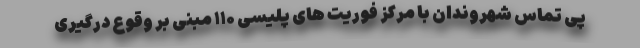
پی تماس شهروندان با مرکز فوریت های پلیسی ۱۱۰ مبنی بر وقوع درگیری